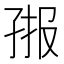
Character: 𭓄